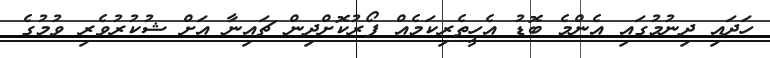
ހަދައި ދިނުމުގައި އެންމެ ބޮޑު އެހީތެރިކަމެއް ފޯރުކޮށްދިން ޗައިނާ އަށް ޝުކުރުވެރި ވުމުގެ